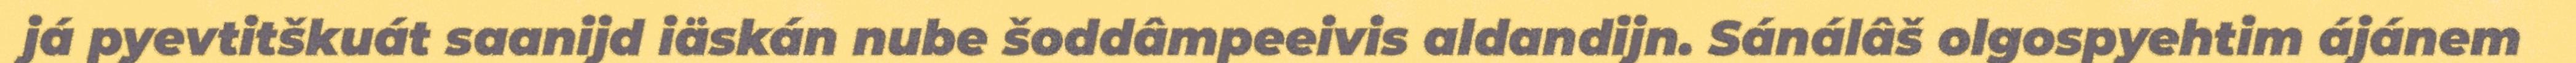
já pyevtitškuát saanijd iäskán nube šoddâmpeeivis aldandijn. Sánálâš olgospyehtim ájánem